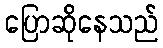
ပြောဆိုနေသည်